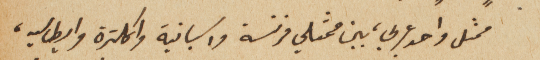
ممثل واحد عربي، بين ممثلي فرنسة واسبانية وانكلترة وايطاليه،